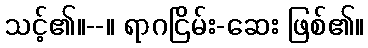
သင့်၏။--။ ရာဂငြိမ်း-ဆေး ဖြစ်၏။